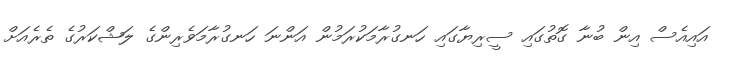
އައިއެސް އިން ބުނާ ގޮތުގައި ސީރިޔާގައި ހަނގުރާމަކުރަމުން އަންނަ ހަނގުރާމަވެރިންގެ ލަޝްކަރުގެ ތެރެއަށް